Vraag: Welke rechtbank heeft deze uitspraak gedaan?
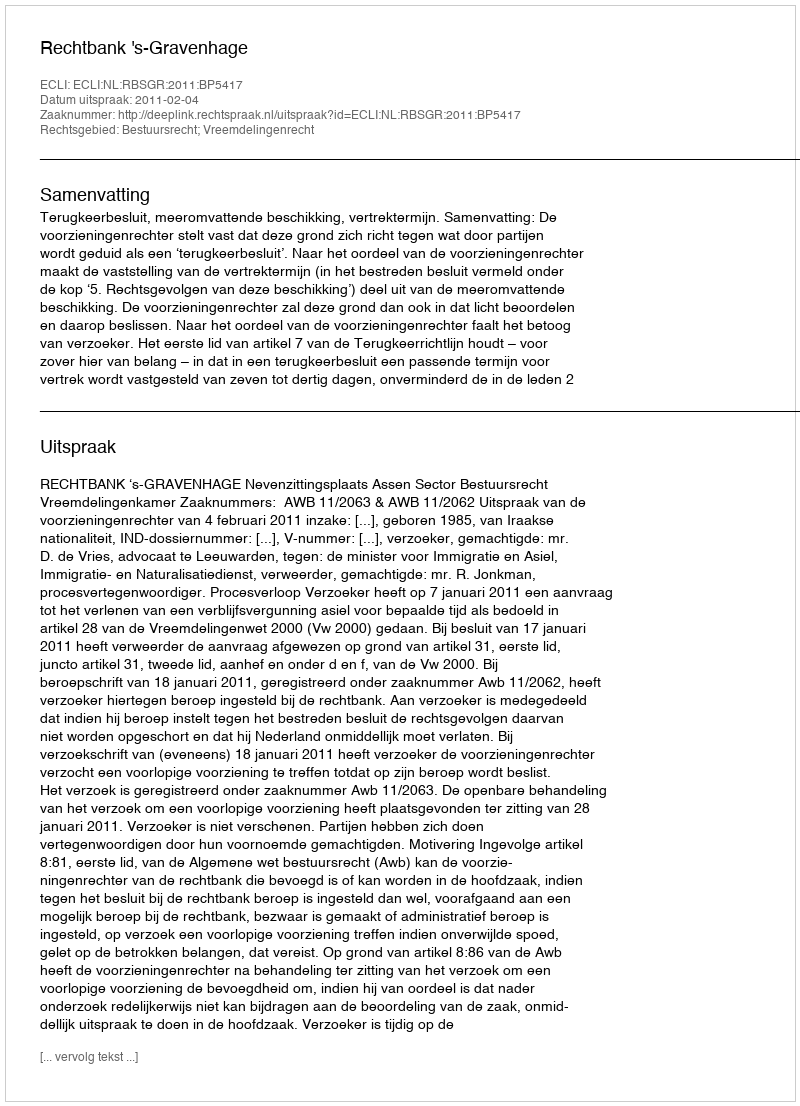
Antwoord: Rechtbank 's-Gravenhage